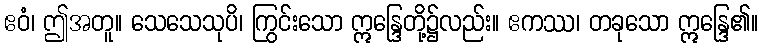
ဧဝံ၊ ဤအတူ။ သေသေသုပိ၊ ကြွင်းသော ဣန္ဒြေတို့၌လည်း။ ဧကဿ၊ တခုသော ဣန္ဒြေ၏။